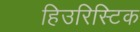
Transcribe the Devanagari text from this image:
हिउरिस्टिक